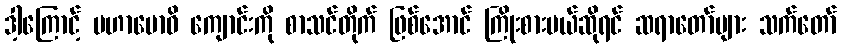
ဒါ့ကြောင့် မဟာဗောဓိ ကျောင်းကို စာသင်တိုက် ဖြစ်အောင် ကြိုးစားမယ်ဆိုရင် ဆရာတော်များ သက်တော်